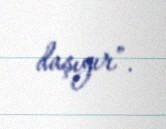
daşıyır”.